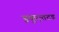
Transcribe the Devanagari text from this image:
इकुएतटड